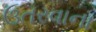
ઉતરવાના